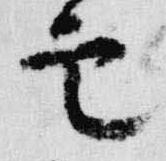
雲